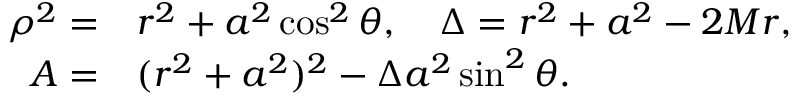
\begin{array} { r l } { \rho ^ { 2 } = } & { { } r ^ { 2 } + a ^ { 2 } \cos ^ { 2 } \theta , \quad \Delta = r ^ { 2 } + a ^ { 2 } - 2 M r , } \\ { { \cal A } = } & { { } ( r ^ { 2 } + a ^ { 2 } ) ^ { 2 } - \Delta a ^ { 2 } \sin ^ { 2 } \theta . } \end{array}